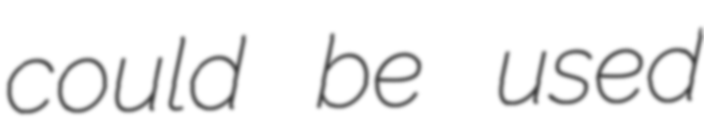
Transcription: could be used